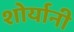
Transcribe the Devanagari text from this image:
शोर्यानी